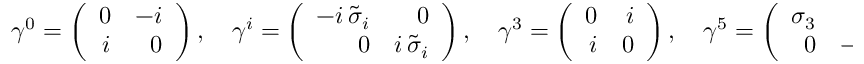
\gamma ^ { 0 } = \left( \begin{array} { r r } { { 0 } } & { { - i } } \\ { { i } } & { { 0 } } \end{array} \right) , \quad \gamma ^ { i } = \left( \begin{array} { r r } { { - i \, \tilde { \sigma } _ { i } } } & { { 0 } } \\ { { 0 } } & { { i \, \tilde { \sigma } _ { i } } } \end{array} \right) , \quad \gamma ^ { 3 } = \left( \begin{array} { r r } { { 0 } } & { { i } } \\ { { i } } & { { 0 } } \end{array} \right) , \quad \gamma ^ { 5 } = \left( \begin{array} { r r } { { \sigma _ { 3 } } } & { { 0 } } \\ { { 0 } } & { { - \sigma _ { 3 } } } \end{array} \right) ,